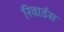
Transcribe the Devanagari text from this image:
रिवार्डस